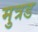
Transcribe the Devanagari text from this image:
मुत्रड